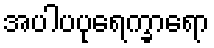
အပါပပုရေက္ခာရော